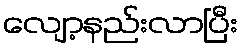
လျော့နည်းလာပြီး